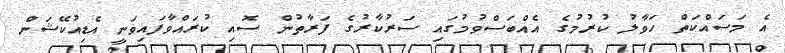
އެ މަސައްކަތް ހަވާލު ކުރުމުގެ އެއްބަސްވުމުގައި ސަރުކާރުގެ ފަރާތުން ސޮއި ކުރައްވާފައިވަނީ އެޑިއުކޭޝަން